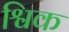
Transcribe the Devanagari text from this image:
श्विक